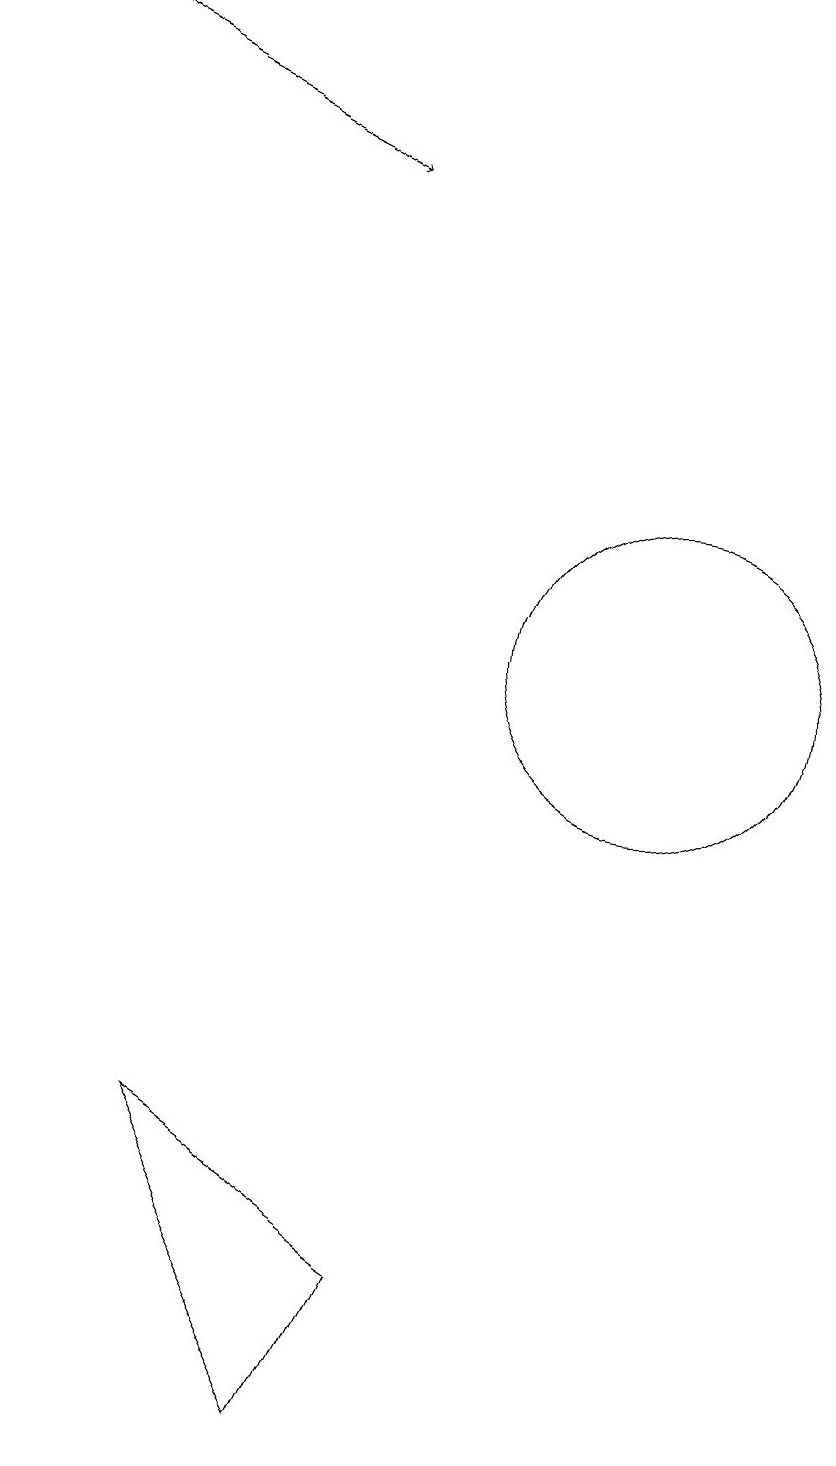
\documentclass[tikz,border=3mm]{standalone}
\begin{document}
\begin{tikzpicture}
\draw (6,1) -- (4,5) -- (7,3) -- cycle;
\draw[->] (2,19) -- (6,17);
\draw (10,11) circle (2);
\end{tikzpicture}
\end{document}